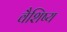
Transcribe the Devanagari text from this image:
वैशिष्य